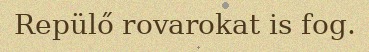
Repülő rovarokat is fog.